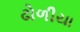
ઢોળીયા